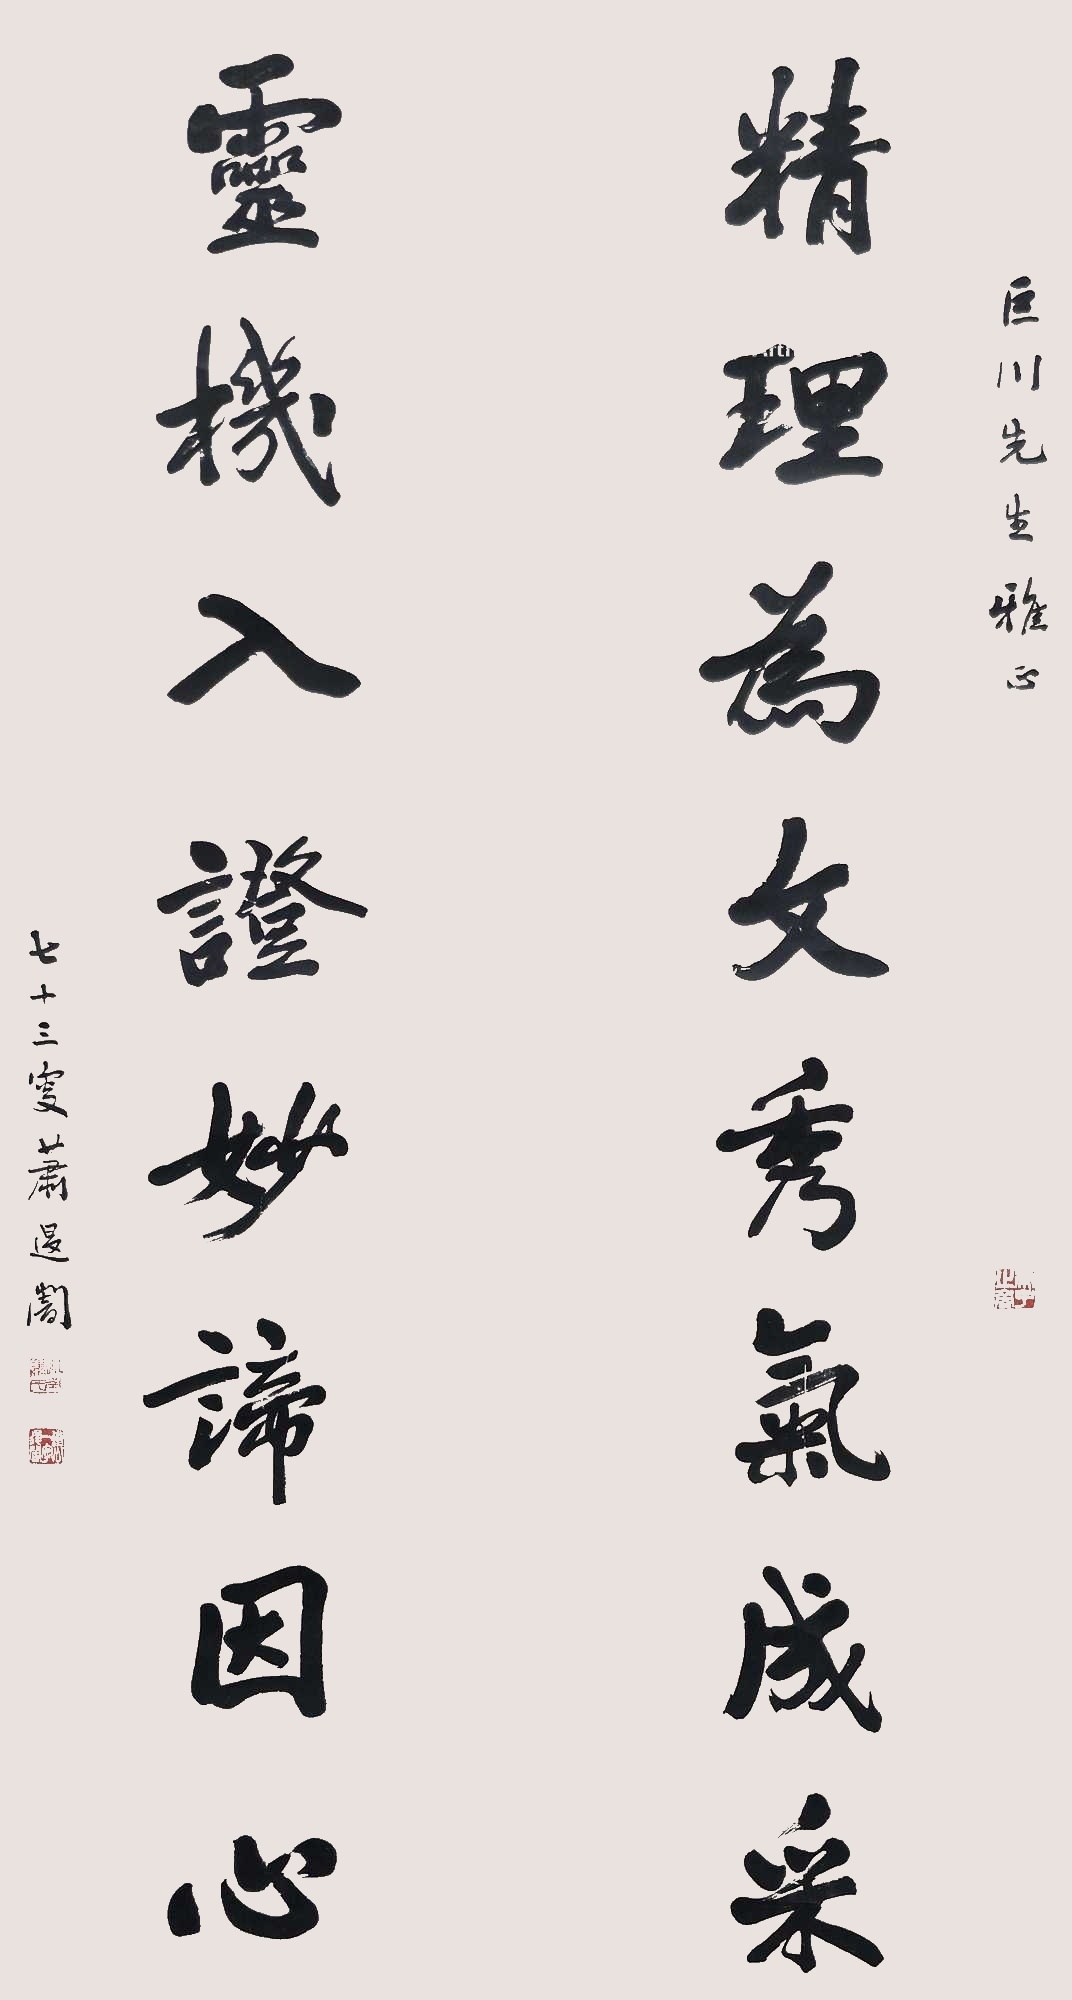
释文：精理为文秀气成采，灵机入证妙谛因心。巨川先生雅正，七十三叟萧退庵。